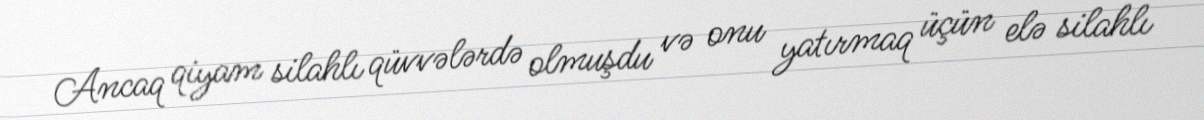
Ancaq qiyam silahlı qüvvələrdə olmuşdu və onu yatırmaq üçün elə silahlı